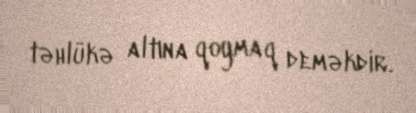
təhlükə altına qoymaq deməkdir.